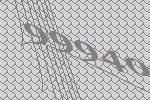
99940